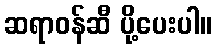
ဆရာဝန်ဆီ ပို့ပေးပါ။